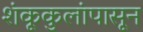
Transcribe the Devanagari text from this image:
शंकूकुलांपासून